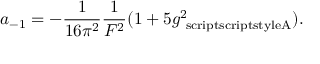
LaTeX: a _ { - 1 } = - \frac { 1 } { 1 6 \pi ^ { 2 } } \frac { 1 } { F ^ { 2 } } ( 1 + 5 g _ { \mathrm { \ s c r i p t s c r i p t s t y l e A } } ^ { 2 } ) .